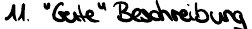
11. "Gute" Beschreibung